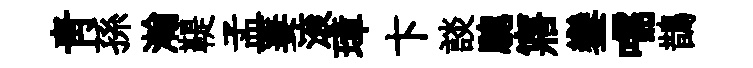
靑孫瀚鞮孟萋滚璋卞談驄寤鑾嚅鵲